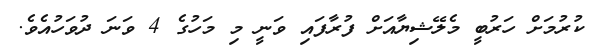
ކުރުމަށް ހަރުބީ މެލޭޝިޔާއަށް ފުރާފައި ވަނީ މި މަހުގެ 4 ވަނަ ދުވަހުއެވެ.